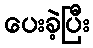
ပေးခဲ့ပြီး